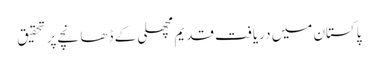
پاکستان میں دریافت قدیم مچھلی کے ڈھانچے پر تحقیق